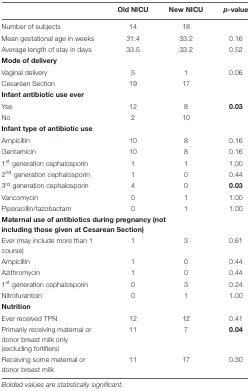
<table><thead><tr><td></td><td><b>Old NICU</b></td><td><b>New NICU</b></td><td><b><i>p</i>-value</b></td></tr></thead><tbody><tr><td>Number of subjects</td><td>14</td><td>18</td><td></td></tr><tr><td>Mean gestational age in weeks</td><td>31.4</td><td>33.2</td><td>0.16</td></tr><tr><td>Average length of stay in days</td><td>33.5</td><td>33.2</td><td>0.52</td></tr><tr><td colspan="4"><b>Mode of delivery</b></td></tr><tr><td>Vaginal delivery</td><td>5</td><td>1</td><td>0.06</td></tr><tr><td>Cesarean Section</td><td>19</td><td>17</td><td></td></tr><tr><td colspan="4"><b>Infant antibiotic use ever</b></td></tr><tr><td>Yes</td><td>12</td><td>8</td><td><b>0.03</b></td></tr><tr><td>No</td><td>2</td><td>10</td><td></td></tr><tr><td colspan="4"><b>Infant type of antibiotic use</b></td></tr><tr><td>Ampicillin</td><td>10</td><td>8</td><td>0.16</td></tr><tr><td>Gentamicin</td><td>10</td><td>8</td><td>0.16</td></tr><tr><td>1<sup>st</sup> generation cephalosporin</td><td>1</td><td>1</td><td>1.00</td></tr><tr><td>2<sup>nd</sup> generation cephalosporin</td><td>1</td><td>0</td><td>0.44</td></tr><tr><td>3<sup>rd</sup> generation cephalosporin</td><td>4</td><td>0</td><td><b>0.03</b></td></tr><tr><td>Vancomycin</td><td>0</td><td>1</td><td>1.00</td></tr><tr><td>Piperacillin/tazobactam</td><td>0</td><td>1</td><td>1.00</td></tr><tr><td colspan="4"><b>Maternal use of antibiotics during pregnancy (notincluding those given at Cesarean Section)</b></td></tr><tr><td>Ever (may include more than 1 course)</td><td>1</td><td>3</td><td>0.61</td></tr><tr><td>Ampicillin</td><td>1</td><td>0</td><td>0.44</td></tr><tr><td>Azithromycin</td><td>1</td><td>0</td><td>0.44</td></tr><tr><td>1<sup>st</sup> generation cephalosporin</td><td>0</td><td>3</td><td>0.24</td></tr><tr><td>Nitrofurantoin</td><td>0</td><td>1</td><td>1.00</td></tr><tr><td colspan="4"><b>Nutrition</b></td></tr><tr><td>Ever received TPN</td><td>12</td><td>12</td><td>0.41</td></tr><tr><td>Primarily receiving maternal or donor breast milk only (excluding fortifiers)</td><td>11</td><td>7</td><td><b>0.04</b></td></tr><tr><td>Receiving some maternal or donor breast milk</td><td>11</td><td>17</td><td>0.30</td></tr></tbody></table>